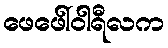
ဖေဖေါ်ဝါရီလက